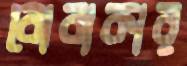
বোবাকার